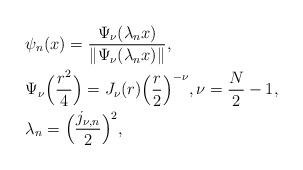
LaTeX: \begin{align*}&\psi_n(x)=\frac{\Psi_{\nu}(\lambda_nx)}{\|\Psi_{\nu}(\lambda_nx)\|},\\&\Psi_{\nu}\Big(\frac{r^2}{4}\Big)=J_{\nu}(r)\Big(\frac{r}{2}\Big)^{-\nu},\nu=\frac{N}{2}-1, \\&\lambda_n=\Big(\frac{j_{\nu,n}}{2}\Big)^2,\end{align*}